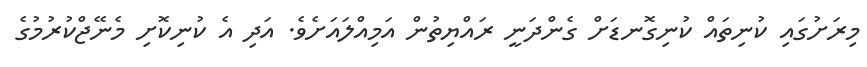
މިރަށުގައި ކުނިތައް ކުނިގޮނޑަށް ގެންދަނީ ރައްޔިތުން އަމިއްލައަށެވެ. އަދި އެ ކުނިކޮށި މެނޭޖްކުރުމުގެ